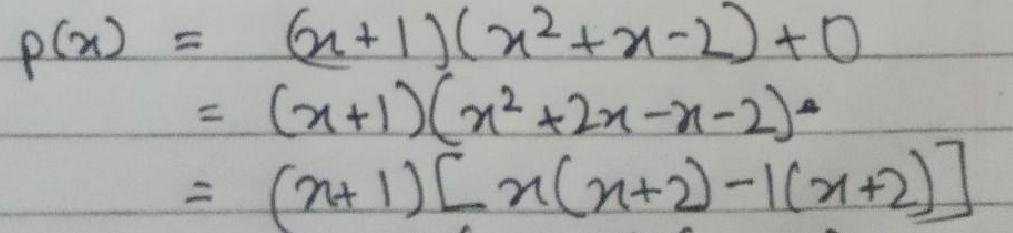
\[
\begin{align*}
p(n)&=(n + 1)(n^{2}+n - 2)+0\\
&=(n + 1)(n^{2}+2n-n - 2)\\
&=(n + 1)[n(n + 2)-1(n + 2)]
\end{align*}
\]